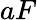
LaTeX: aF